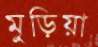
মুড়িয়া